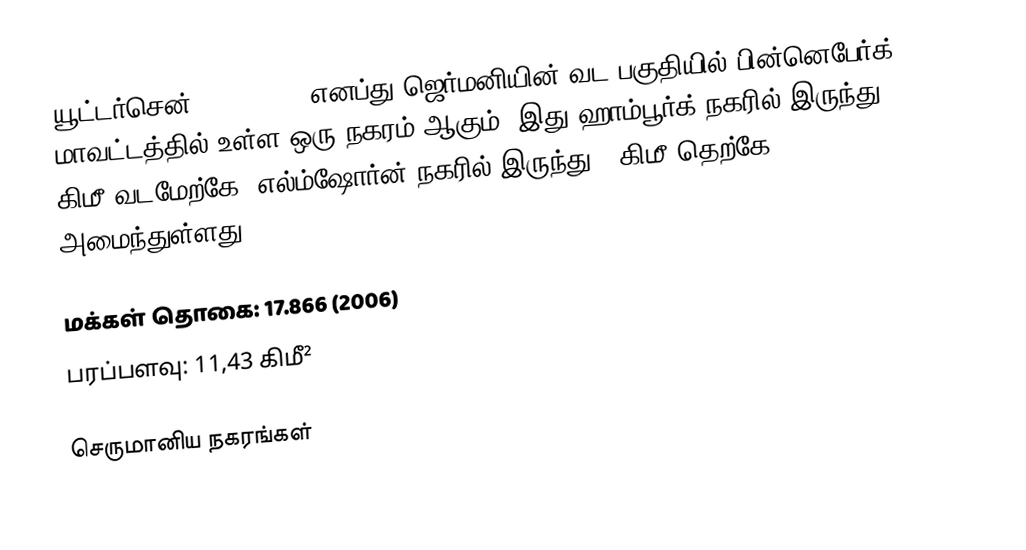
யூட்டர்சென் (Uetersen) எனப்து ஜெர்மனியின் வட பகுதியில் பின்னெபேர்க் மாவட்டத்தில் உள்ள ஒரு நகரம் ஆகும். இது ஹாம்பூர்க் நகரில் இருந்து 30 கிமீ வடமேற்கே, எல்ம்ஷோர்ன் நகரில் இருந்து 7 கிமீ தெற்கே அமைந்துள்ளது.

 மக்கள் தொகை: 17.866 (2006)
 பரப்பளவு: 11,43 கிமீ²

செருமானிய நகரங்கள்